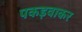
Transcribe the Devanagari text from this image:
पकड़वाकर